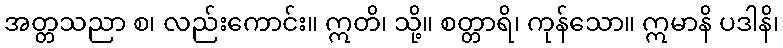
အတ္တသညာ စ၊ လည်းကောင်း။ ဣတိ၊ သို့။ စတ္တာရိ၊ ကုန်သော။ ဣမာနိ ပဒါနိ၊